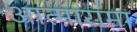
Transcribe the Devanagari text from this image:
आत्मारामा